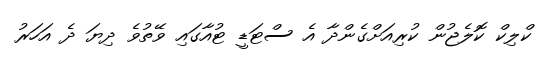
ކްލިކް ކޮލެޖުން ކުރިއަށްގެންދާ އެ ސްޓަޑީ ޓުއާގައި ވޭތުވެ ދިޔަ ދެ އަހަރު